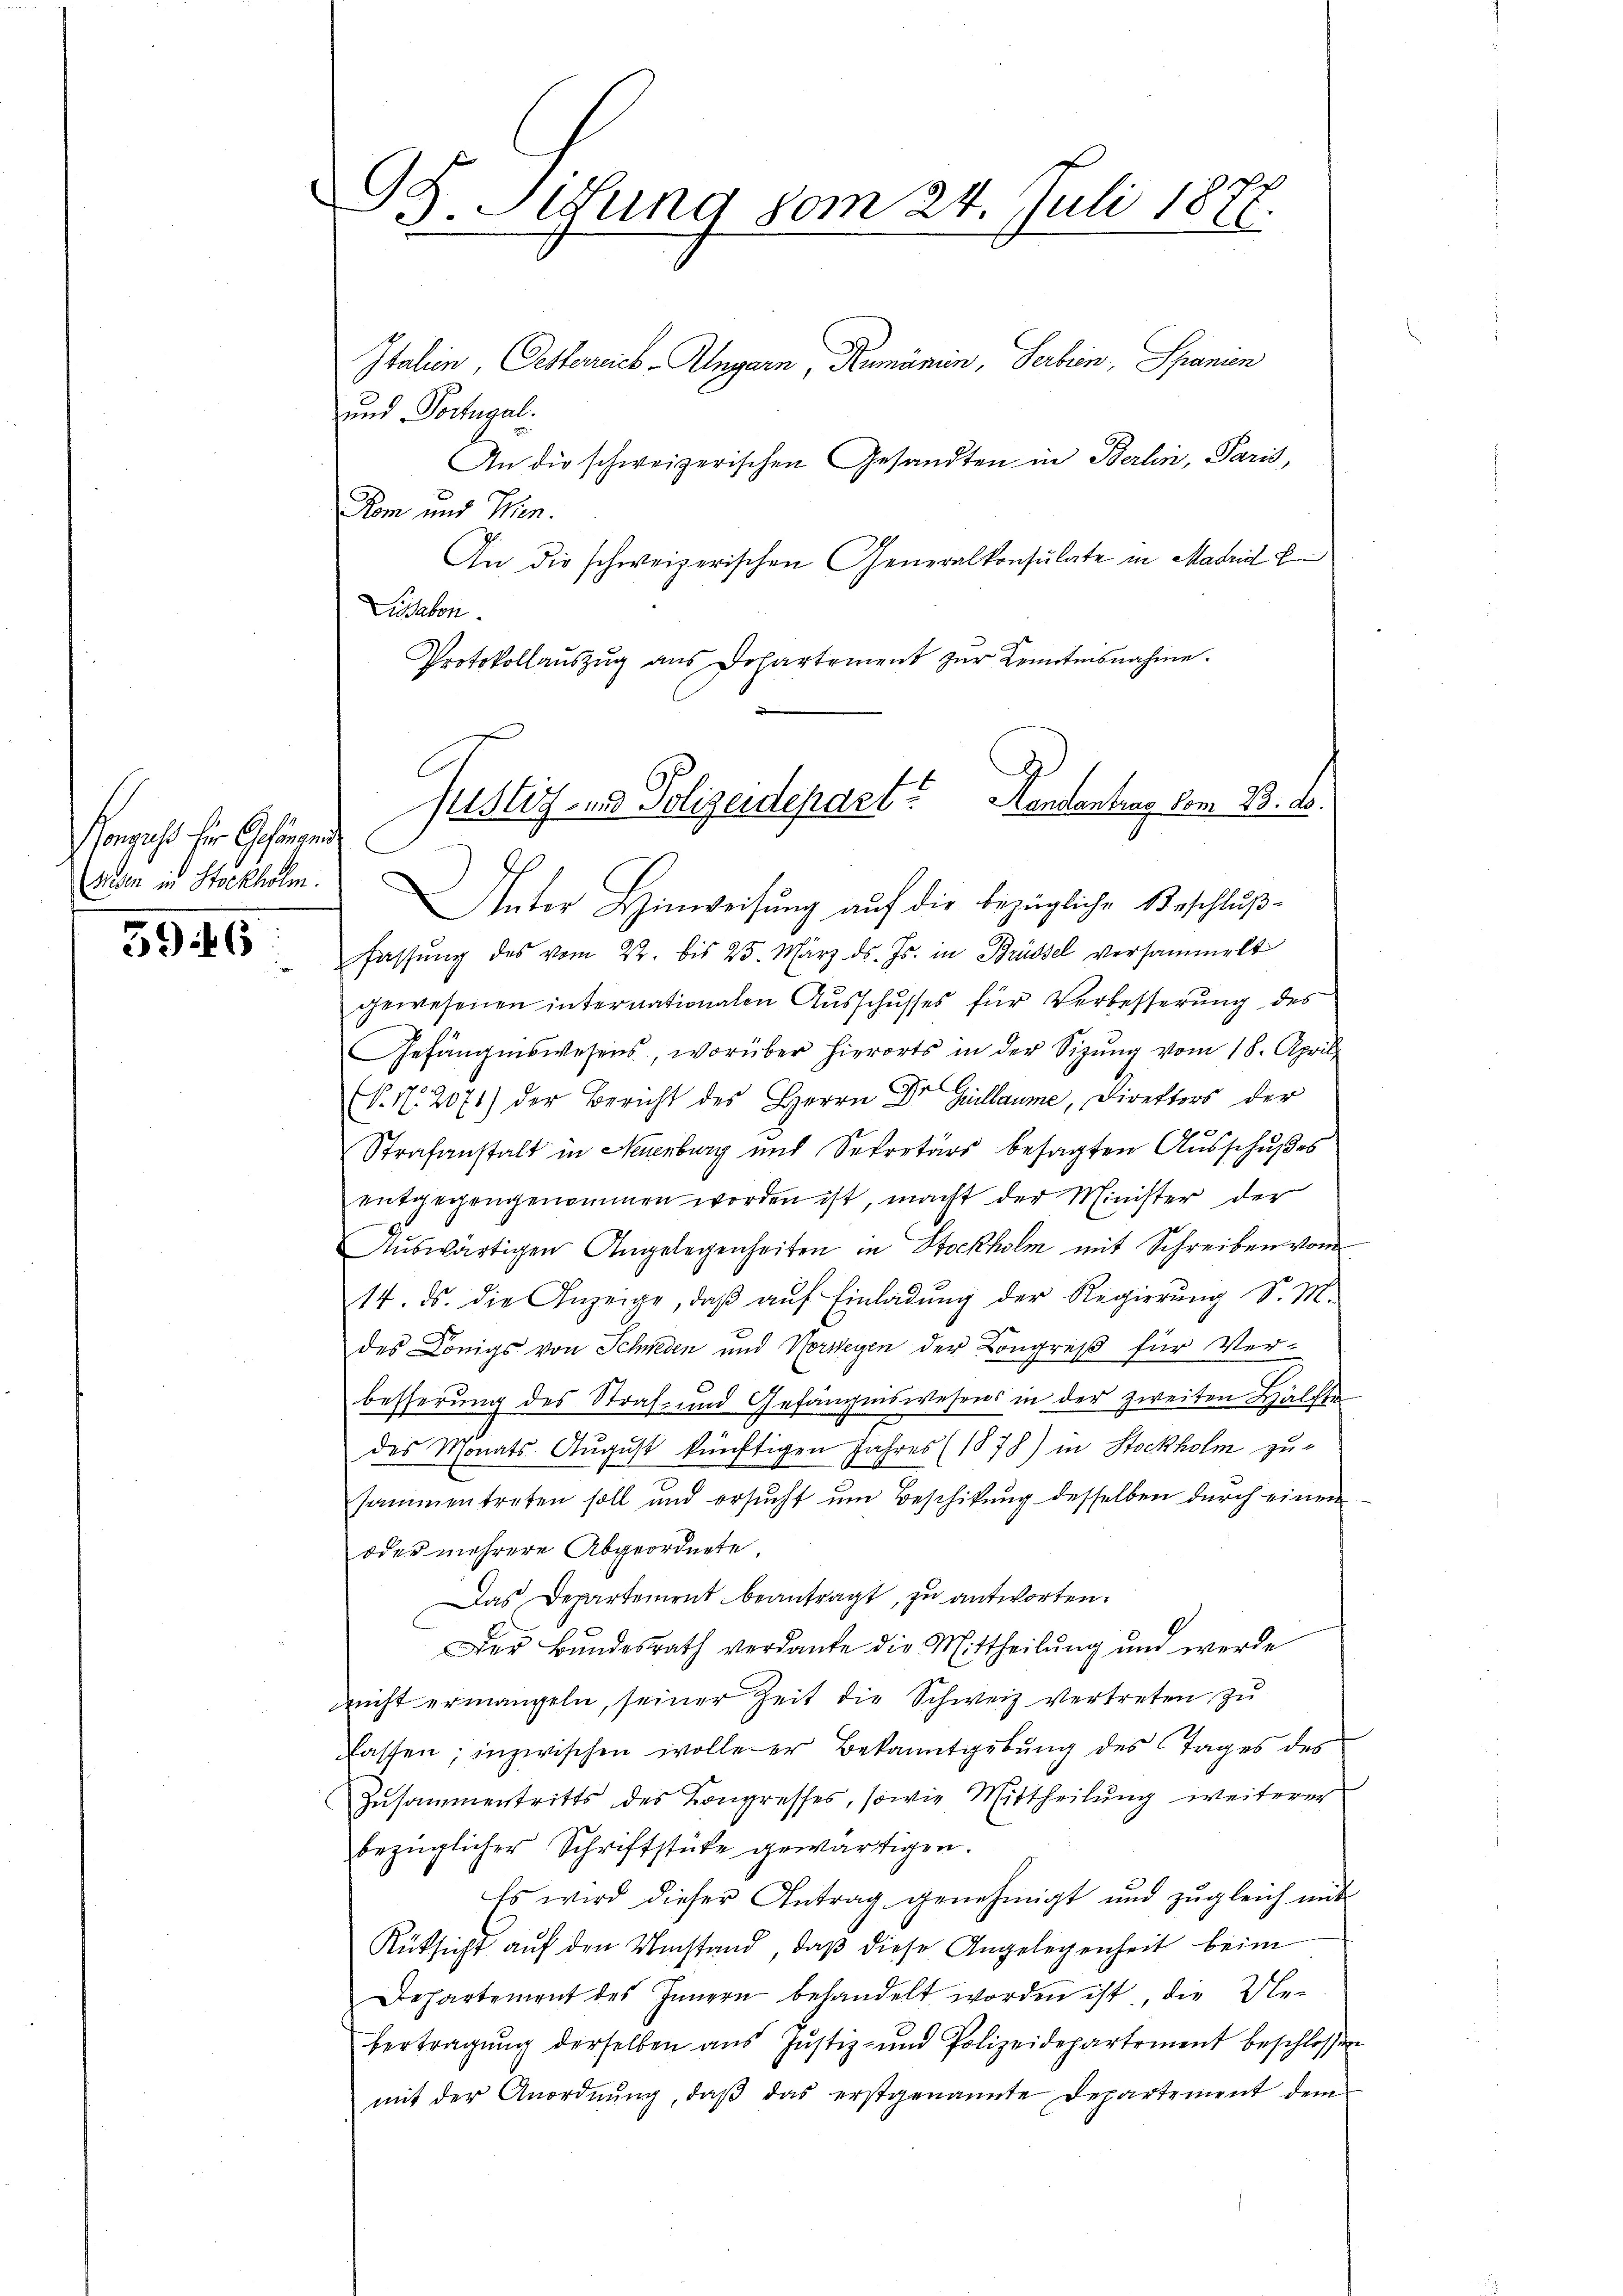
Vonguss für Gefängende
Diesen in Stockholm.

5946

GH. Sitzung vom 24. Juli 1872.

Italien, Gesterreich Angarn, Rumänien, Serben, Spanien
und Portugal.
An die schweizerischen Gesandten in Berlin, Paris,
Kom und Thien.
An die schweizerischen Generalkonsulate in Madrid E
Lussabon.
Protokollaŭszŭg ans Departement zŭr Kenntnisnahme.
Unter Hinweisung auf die bezügliche Beschlußfassŭng des vom 22. bis 25. März ds. Js. in Brüssel versammelt
gewesenen internationalen Ausschusses für Verbesserung des
Gefängniswesens, worüber hierorts in der Sitzŭng vom 18. April
V. N. 2071) der Bericht des Herrn Dr Guillaume, Direktors der
Strafanstalt in Neuenburg und Sekretärs besagten Ausschußes
entgegengenommen worden ist, macht der Minister der
Auswärtigen Angelegenheiten in Stockholm mit Schreiben vom
14. ds. die Anzeige, daβ aŭf Einladung der Regierung S. M.
des Königs von Schweden und Vorweyen der Kongreß für Ver-
besserung des Straf- und Gefängniswesens in der zweiten Hälfte
des Monats August künftigen Jahres (1878) in Stockholm zusammentreten soll und ersucht um Beschikung desselben durch einen
oder mehrere Abgeordnete.
Das Departement beantragt, zu antworten.
Der Bŭndesrath verdanke die Mittheilŭng und werde
richt ermangeln, seiner Zeit die Schweiz vertreten zu
fassen; inzwischen wolle er Bekanntgebung des Tages des
Zusammentritts des Kongresses, sowie Mittheilung weiterer
bezüglicher Schriftstücke gewärtigen.
Es wird dieser Antrag genehmigt und zugleich mit
Rüksicht auf den Umstand, daß diese Angelegenheit beim
Dehartement des Innern behandelt worden ist, die Ue-
bertragŭng derselben aŭs Jŭstiz- und Polizeidepartement beschlossen
mit der Anordnŭng, daβ das erstgenannte Departement dem

Justiz und Polizeidepart? Handentenz vom 23. ds.